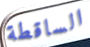
الساقطة